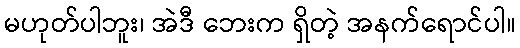
မဟုတ်ပါဘူး၊ အဲဒီ ဘေးက ရှိတဲ့ အနက်ရောင်ပါ။